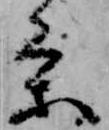
条